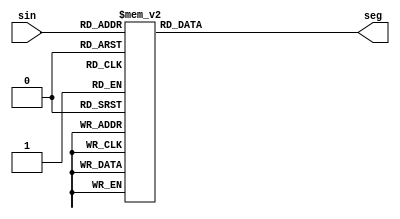
module bcd_to_7seg(
     sin,
     seg
    );
     
     input [3:0] sin;
     output [7:0] seg;
     reg [7:0] seg;

    always @(*)
    begin
        case (sin) 
            4'b0000 : #1 seg = 8'b11111100;
            4'b0001 : #1 seg = 8'b01100000;
            4'b0010 : #1 seg = 8'b11011010;
            4'b0011 : #1 seg = 8'b11110010;
            4'b0100 : #1 seg = 8'b01100110;
            4'b0101 : #1 seg = 8'b10110110;
            4'b0110 : #1 seg = 8'b10111110;
            4'b0111 : #1 seg = 8'b11100000;
            4'b1000 : #1 seg = 8'b11111110;
            4'b1001 : #1 seg = 8'b11110110;
            default : #1 seg = 8'b00000000; 
        endcase
    end
    
endmodule